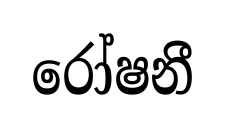
රෝෂනී